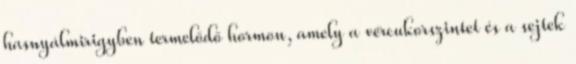
hasnyálmirigyben termelődő hormon, amely a vércukorszintet és a sejtek